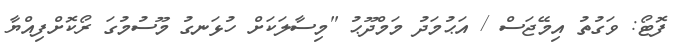
ފޮޓޯ: ވަގުތު އިމޭޖަސް / އަޙުމަދު މަމްދޫޙު "މިސާލަކަށް ހުޅަނގު މޫސުމުގަ ރޯކޮށްފިއްޔާ